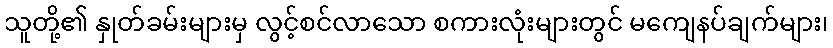
သူတို့၏ နှုတ်ခမ်းများမှ လွင့်စင်လာသော စကားလုံးများတွင် မကျေနပ်ချက်များ၊